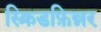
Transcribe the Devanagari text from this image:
स्क्रिडफ़िन्नर